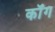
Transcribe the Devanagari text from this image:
कॉंग